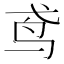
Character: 鸢